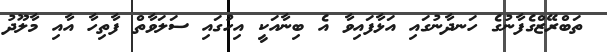
ތަބްރޭޒްގެފާނުގެ ހަނދާނުގައި އަޅާފައިވާ އެ ބިނާއަކީ އިހުގައި ސަލަވާތް ފާތިހާ އާއި މާލޫދު